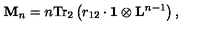
\mathrm { { \bf M } } _ { n } = n \mathrm { T r } _ { 2 } \left( r _ { 1 2 } \cdot \mathrm { { \bf 1 } } \otimes \mathrm { { \bf L } } ^ { n - 1 } \right) ,